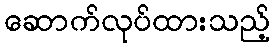
ဆောက်လုပ်ထားသည့်